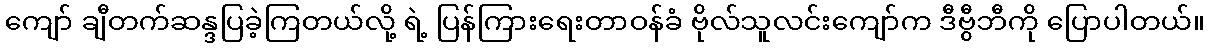
ကျော် ချီတက်ဆန္ဒပြခဲ့ကြတယ်လို့ ရဲ့ ပြန်ကြားရေးတာဝန်ခံ ဗိုလ်သူလင်းကျော်က ဒီဗွီဘီကို ပြောပါတယ်။